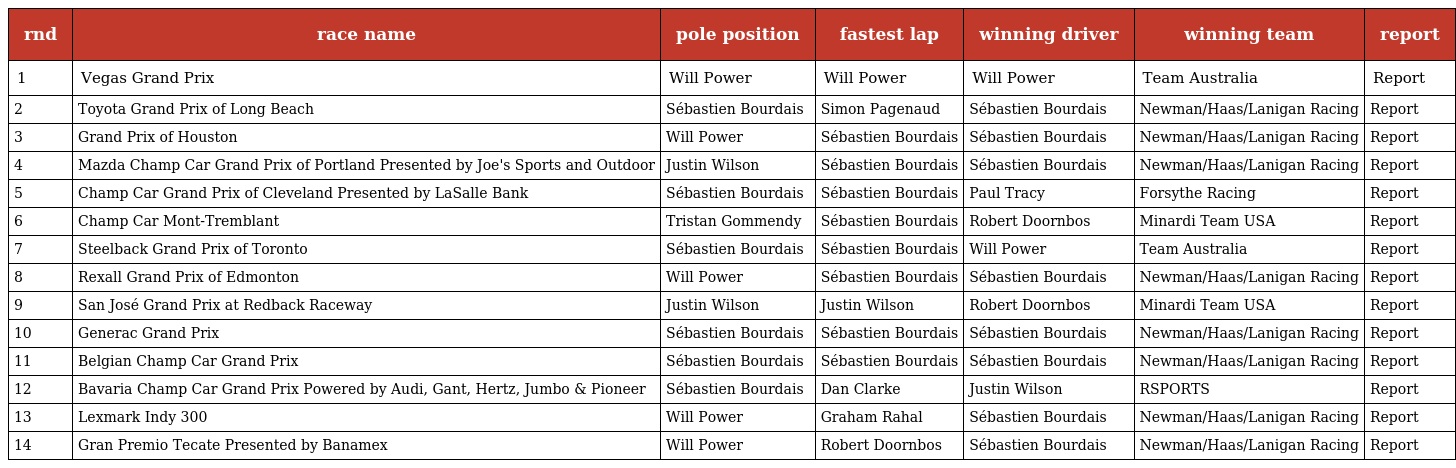
| rnd | race name | pole position | fastest lap | winning driver | winning team | report |
 | --- | --- | --- | --- | --- | --- | --- |
 | 1 | Vegas Grand Prix | Will Power | Will Power | Will Power | Team Australia | Report |
 | 2 | Toyota Grand Prix of Long Beach | Sébastien Bourdais | Simon Pagenaud | Sébastien Bourdais | Newman/Haas/Lanigan Racing | Report |
 | 3 | Grand Prix of Houston | Will Power | Sébastien Bourdais | Sébastien Bourdais | Newman/Haas/Lanigan Racing | Report |
 | 4 | Mazda Champ Car Grand Prix of Portland Presented by Joe's Sports and Outdoor | Justin Wilson | Sébastien Bourdais | Sébastien Bourdais | Newman/Haas/Lanigan Racing | Report |
 | 5 | Champ Car Grand Prix of Cleveland Presented by LaSalle Bank | Sébastien Bourdais | Sébastien Bourdais | Paul Tracy | Forsythe Racing | Report |
 | 6 | Champ Car Mont-Tremblant | Tristan Gommendy | Sébastien Bourdais | Robert Doornbos | Minardi Team USA | Report |
 | 7 | Steelback Grand Prix of Toronto | Sébastien Bourdais | Sébastien Bourdais | Will Power | Team Australia | Report |
 | 8 | Rexall Grand Prix of Edmonton | Will Power | Sébastien Bourdais | Sébastien Bourdais | Newman/Haas/Lanigan Racing | Report |
 | 9 | San José Grand Prix at Redback Raceway | Justin Wilson | Justin Wilson | Robert Doornbos | Minardi Team USA | Report |
 | 10 | Generac Grand Prix | Sébastien Bourdais | Sébastien Bourdais | Sébastien Bourdais | Newman/Haas/Lanigan Racing | Report |
 | 11 | Belgian Champ Car Grand Prix | Sébastien Bourdais | Sébastien Bourdais | Sébastien Bourdais | Newman/Haas/Lanigan Racing | Report |
 | 12 | Bavaria Champ Car Grand Prix Powered by Audi, Gant, Hertz, Jumbo & Pioneer | Sébastien Bourdais | Dan Clarke | Justin Wilson | RSPORTS | Report |
 | 13 | Lexmark Indy 300 | Will Power | Graham Rahal | Sébastien Bourdais | Newman/Haas/Lanigan Racing | Report |
 | 14 | Gran Premio Tecate Presented by Banamex | Will Power | Robert Doornbos | Sébastien Bourdais | Newman/Haas/Lanigan Racing | Report |